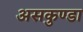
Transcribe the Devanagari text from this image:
असकुण्डा